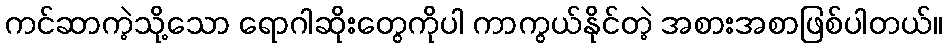
ကင်ဆာကဲ့သို့သော ရောဂါဆိုးတွေကိုပါ ကာကွယ်နိုင်တဲ့ အစားအစာဖြစ်ပါတယ်။